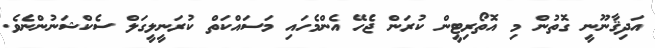
އަދިޤާނޫނީ ގޮތުން މި އޮތޯރިޓީން ކުރަން ޖެހޭ އެންމެހައި މަސައްކަތް ކުރަނީލީގަލް ސެކްޝަނުންނެވެ.